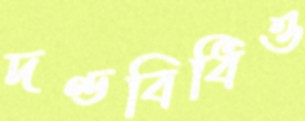
দণ্ডবিধিও